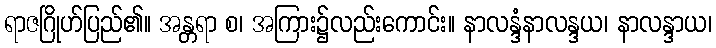
ရာဇဂြိုဟ်ပြည်၏။ အန္တရာ စ၊ အကြား၌လည်းကောင်း။ နာလန္ဒံနာလန္ဒယ၊ နာလန္ဒာယ၊